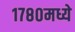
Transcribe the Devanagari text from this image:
१७८०मध्ये